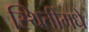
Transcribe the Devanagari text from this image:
स्थितींमधे